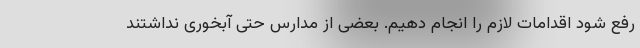
رفع شود اقدامات لازم را انجام دهیم. بعضی از مدارس حتی آبخوری نداشتند